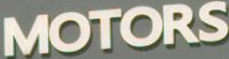
MOTORS